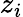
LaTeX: z_{i}